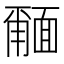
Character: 𮧎